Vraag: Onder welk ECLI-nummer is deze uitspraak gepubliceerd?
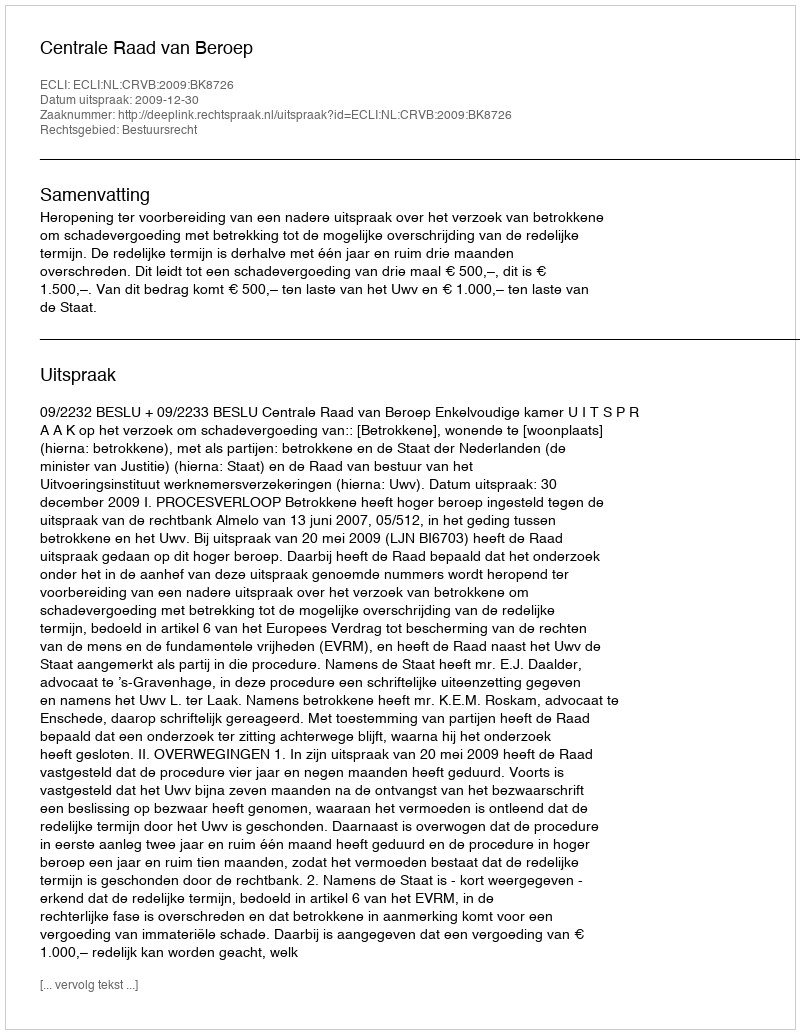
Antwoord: ECLI:NL:CRVB:2009:BK8726